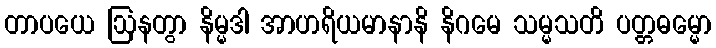
တာပယေ ဩနတွာ နိမ္မဒါ အာဟရိယမာနာနိ နိဂမေ သမ္မသတိ ပတ္တဓမ္မော